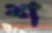
শ